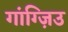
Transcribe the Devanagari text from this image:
गांग्ज़िउ